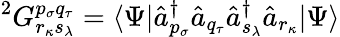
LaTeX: {}^{2}G_{r_{\kappa}s_{\lambda}}^{p_{\sigma}q_{\tau}}=\langle\Psi|\hat{a}_{p_{\sigma}}^{\dagger}\hat{a}_{q_{\tau}}\hat{a}_{s_{\lambda}}^{\dagger}\hat{a}_{r_{\kappa}}|\Psi\rangle